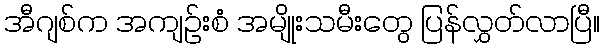
အီဂျစ်က အကျဉ်းစံ အမျိုးသမီးတွေ ပြန်လွှတ်လာပြီ။